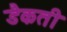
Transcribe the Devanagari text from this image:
डैकती